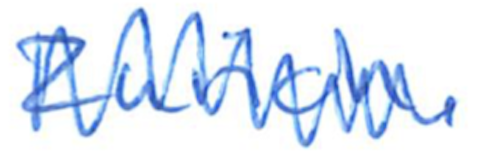
Text: Zurich.
Cross-out: mix
Writing tool: ballpoint